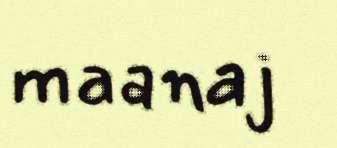
maanaj